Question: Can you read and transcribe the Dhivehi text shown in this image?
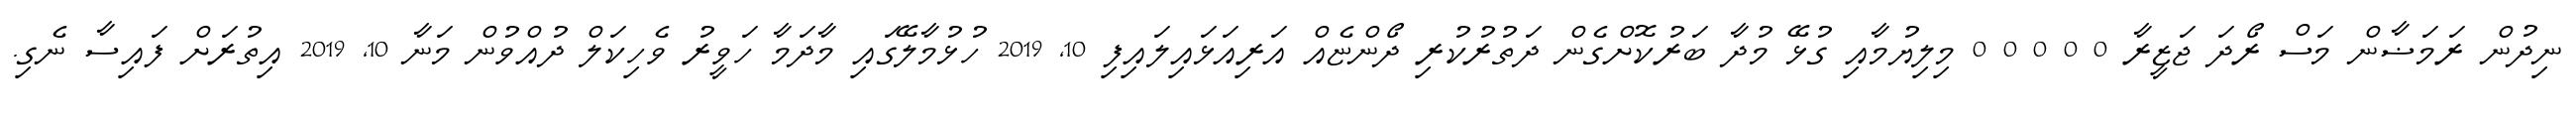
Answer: ނިދުން ރަމަޟާން މަސް ރޯދަ ޖަޒީރާ 0 0 0 0 0 މިލިޔުމާއި ގުޅޭ މުދާ ބަރުކޮށްގެން ދަތުރުކުރި ދޯންޏެއް އަރިއަޅައިލައިފި 10, 2019 ހުޅުމާލޭގައި މާދަމާ ހަވީރު ވެހިކަލް ދުއްވުން މަނާ 10, 2019 އިތުރަށް ފައިސާ ނެގި.